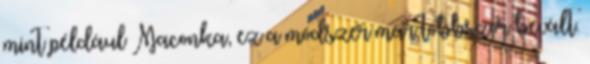
mint például Maconka, ez a módszer már többször bevált.